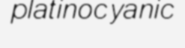
platinocyanic